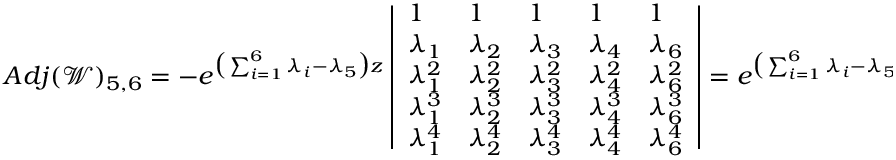
A d j ( \mathscr { W } ) _ { 5 , 6 } = - e ^ { \big ( \sum _ { i = 1 } ^ { 6 } \lambda _ { i } - \lambda _ { 5 } \big ) z } \left| \begin{array} { l l l l l } { 1 } & { 1 } & { 1 } & { 1 } & { 1 } \\ { \lambda _ { 1 } } & { \lambda _ { 2 } } & { \lambda _ { 3 } } & { \lambda _ { 4 } } & { \lambda _ { 6 } } \\ { \lambda _ { 1 } ^ { 2 } } & { \lambda _ { 2 } ^ { 2 } } & { \lambda _ { 3 } ^ { 2 } } & { \lambda _ { 4 } ^ { 2 } } & { \lambda _ { 6 } ^ { 2 } } \\ { \lambda _ { 1 } ^ { 3 } } & { \lambda _ { 2 } ^ { 3 } } & { \lambda _ { 3 } ^ { 3 } } & { \lambda _ { 4 } ^ { 3 } } & { \lambda _ { 6 } ^ { 3 } } \\ { \lambda _ { 1 } ^ { 4 } } & { \lambda _ { 2 } ^ { 4 } } & { \lambda _ { 3 } ^ { 4 } } & { \lambda _ { 4 } ^ { 4 } } & { \lambda _ { 6 } ^ { 4 } } \end{array} \right| = e ^ { \big ( \sum _ { i = 1 } ^ { 6 } \lambda _ { i } - \lambda _ { 5 } \big ) z } \mathscr { E } _ { \lambda , 5 } ( s )